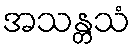
အသန္တသံ